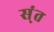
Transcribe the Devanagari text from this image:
स्ंत